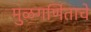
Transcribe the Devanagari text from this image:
मुळगणिताचे